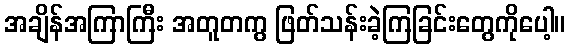
အချိန်အကြာကြီး အတူတကွ ဖြတ်သန်းခဲ့ကြခြင်းတွေကိုပေါ့။